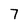
Character: 7